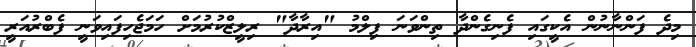
މިދެ ފަންނާނުން އެކީގައި ފެނިގެންދާ ތިންވަނަ ފިލްމު "އިރާދާ" ރިލީޒްކުރުމަށް ހަމަޖެހިފައިވަނީ ފެބްރުއަރީ